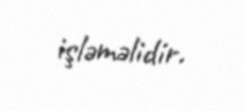
işləməlidir.